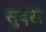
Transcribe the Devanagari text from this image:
सुदंरी